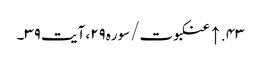
۴۳. ↑ عنکبوت/سوره۲۹، آیت ۳۹۔